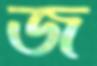
জ